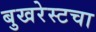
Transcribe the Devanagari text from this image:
बुखरेस्टचा